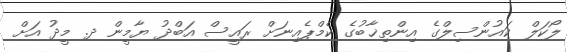
ލޯކަލް ކައުންސިލްގެ އިންތިޚާބުގެ ކެމްޕެއިނަށް ރައީސް އަބްދު ޔާމީން ދ. މީދު އަށް